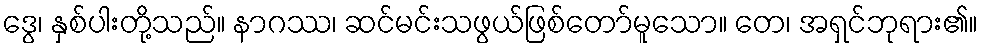
ဒွေ၊ နှစ်ပါးတို့သည်။ နာဂဿ၊ ဆင်မင်းသဖွယ်ဖြစ်တော်မူသော။ တေ၊ အရှင်ဘုရား၏။